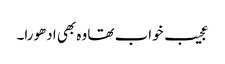
عجیب خواب تھا وہ بھی ادھورا۔